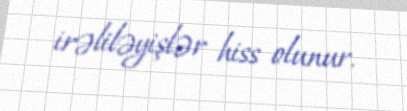
irəliləyişlər hiss olunur.